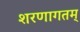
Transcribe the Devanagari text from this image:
शरणागतम्‌